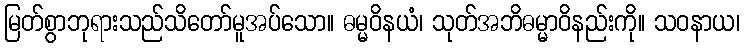
မြတ်စွာဘုရားသည်သိတော်မူအပ်သော။ ဓမ္မဝိနယံ၊ သုတ်အဘိဓမ္မာဝိနည်းကို။ သဝနာယ၊